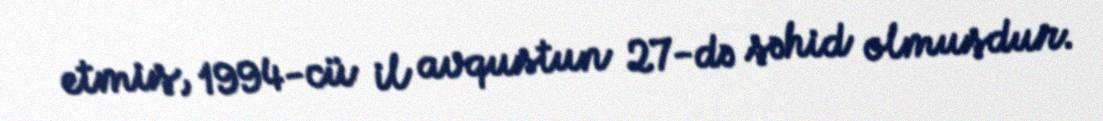
etmiş, 1994-cü il avqustun 27-də şəhid olmuşdur.